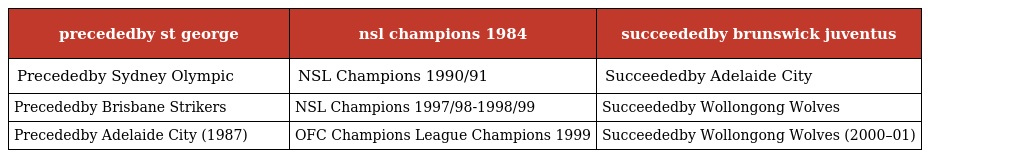
| precededby st george | nsl champions 1984 | succeededby brunswick juventus |
 | --- | --- | --- |
 | Precededby Sydney Olympic | NSL Champions 1990/91 | Succeededby Adelaide City |
 | Precededby Brisbane Strikers | NSL Champions 1997/98-1998/99 | Succeededby Wollongong Wolves |
 | Precededby Adelaide City (1987) | OFC Champions League Champions 1999 | Succeededby Wollongong Wolves (2000–01) |